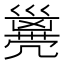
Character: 𠙭